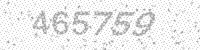
Solution: 465759